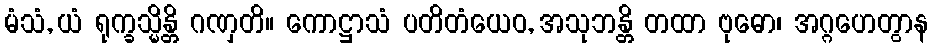
မံသံ, ယံ ရုက္ခသ္မိန္တိ ဂဏှတိ။ ကောဋ္ဌာသံ ပတိတံယေဝ, အသုဘန္တိ တထာ ဗုဓော၊ အဂ္ဂဟေတွာန